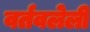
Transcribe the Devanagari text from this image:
वर्तवलेली